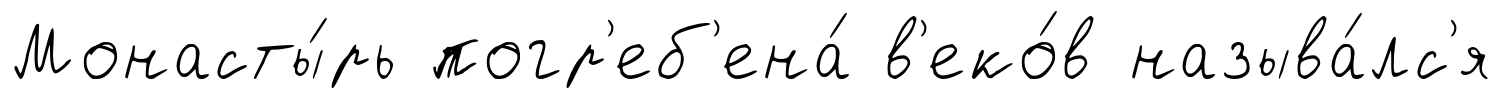
Монасты́рь погр'еб'ена́ в'еко́в называ́лс'я